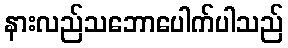
နားလည်သဘောပေါက်ပါသည်